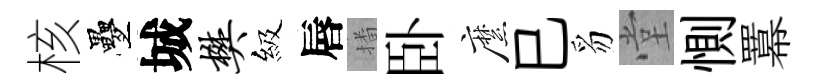
核疊城樊級唇播卧縻巳豸堂惻羃